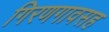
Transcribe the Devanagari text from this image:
गिरणगावसह